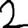
Digit: 2